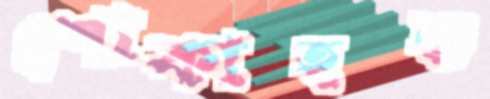
শোকাহত